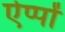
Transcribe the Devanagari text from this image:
ऐप्पों